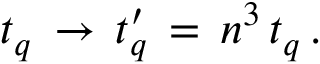
t _ { q } \, \rightarrow \, t _ { q } ^ { \prime } \, = \, n ^ { 3 } \, t _ { q } \, .